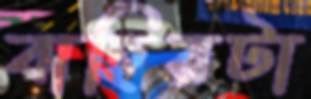
বাহিরটা